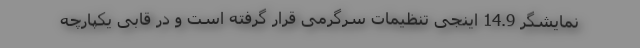
نمایشگر 14.9 اینجی تنظیمات سرگرمی قرار گرفته است و در قابی یکپارچه